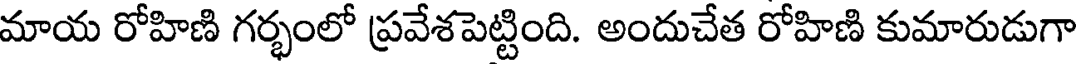
మాయ రోహిణి గర్భంలో ప్రవేశపెట్టింది. అందుచేత రోహిణి కుమారుడుగా